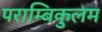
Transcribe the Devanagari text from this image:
पराम्बिकुलम